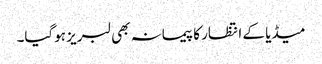
میڈیا کے انتظار کا پیمانہ بھی لبریز ہوگیا۔